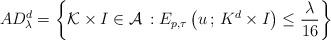
LaTeX: \begin{align*} AD_{\lambda}^{d}=\left\{\mathcal{K}\times I\in \mathcal{A}\,: E_{p,\tau}\left(u\,;\,{K}^{d}\times I\right)\leq\frac{\lambda}{16}\right\}\end{align*}